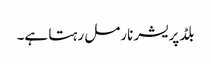
بلڈپریشر نارمل رہتا ہے۔